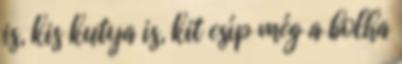
is, kis kutya is, kit csíp még a bolha